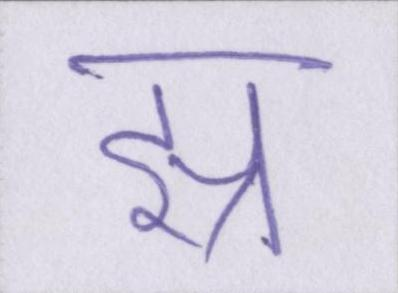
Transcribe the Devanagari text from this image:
झ्र